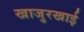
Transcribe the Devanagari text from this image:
खाजुरखाई